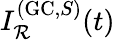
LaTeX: I_{\mathcal{R}}^{(\mathrm{{GC}},S)}(t)